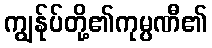
ကျွန်ုပ်တို့၏ကုမ္ပဏီ၏